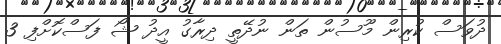
ދުވަސް ކުރިން މޫސުން ތަން ނުދޭތީ ދިރާގު އީދު ޝޯ ފަސްކޮށްފި 3